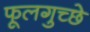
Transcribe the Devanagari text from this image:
फूलगुच्छे